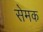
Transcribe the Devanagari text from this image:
सेमक